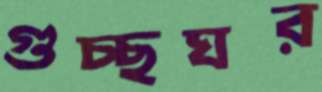
গুচ্ছঘর